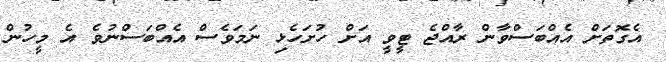
އެގޮތަށް އެއްބަސްވާން ރާއްޖެ ޓީވީ އަށް ހުށަހެޅި ނަމަވެސް އެއްބަސްނުވެ އެ މީހުން